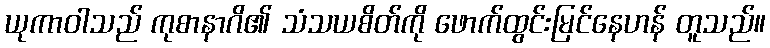
ယုကာဝါသည် ကုစာနာဂိ၏ သံသယစိတ်ကို ဖောက်ထွင်းမြင်နေဟန် တူသည်။